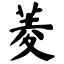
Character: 菱